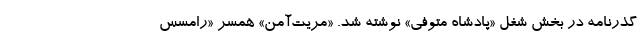
گذرنامه در بخش شغل «پادشاه متوفی» نوشته شد. «مریت‌آمن» همسر «رامسس